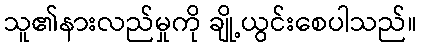
သူ၏နားလည်မှုကို ချို့ယွင်းစေပါသည်။